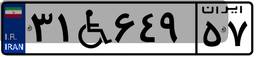
۱۸W۳۹۳۷۰